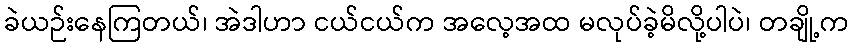
ခဲယဉ်းနေကြတယ်၊ အဲဒါဟာ ငယ်ငယ်က အလေ့အထ မလုပ်ခဲ့မိလို့ပါပဲ၊ တချို့က